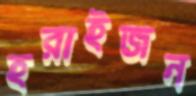
হরাইজন